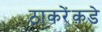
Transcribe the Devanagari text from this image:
ठाकरेंकडे